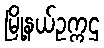
မြို့နယ်ဥက္ကဌ